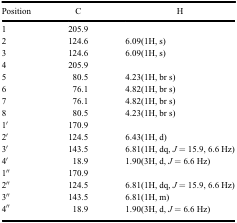
| Position | C | H |
 | --- | --- | --- |
 | 1 | 205.9 |  |
 | 2 | 124.6 | 6.09(1H, s) |
 | 3 | 124.6 | 6.09(1H, s) |
 | 4 | 205.9 |  |
 | 5 | 80.5 | 4.23(1H, br s) |
 | 6 | 76.1 | 4.82(1H, br s) |
 | 7 | 76.1 | 4.82(1H, br s) |
 | 8 | 80.5 | 4.23(1H, br s) |
 | 1′ | 170.9 |  |
 | 2′ | 124.5 | 6.43(1H, d) |
 | 3′ | 143.5 | 6.81(1H, dq, J = 15.9, 6.6 Hz) |
 | 4′ | 18.9 | 1.90(3H, d, J = 6.6 Hz) |
 | 1′′ | 170.9 |  |
 | 2′′ | 124.5 | 6.81(1H, dq, J = 15.9, 6.6 Hz) |
 | 3′′ | 143.5 | 6.81(1H, m) |
 | 4′′ | 18.9 | 1.90(3H, d, J = 6.6 Hz) |